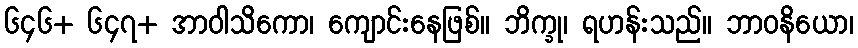
၆၄၆+ ၆၄၇+ အာဝါသိကော၊ ကျောင်းနေဖြစ်။ ဘိက္ခု၊ ရဟန်းသည်။ ဘာဝနိယော၊